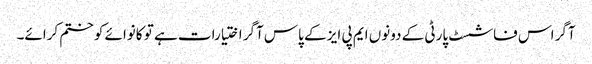
آگر اس فاشسٹ پارٹی کے دونوں ایم پی ایز کے پاس آگر اختیارات ہے تو کانوائے کو ختم کرائے۔